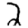
Digit: 2